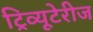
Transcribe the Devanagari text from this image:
ट्रिव्यूटेरीज